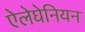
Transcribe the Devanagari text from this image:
ऐलेघेनियन